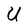
Character: U